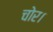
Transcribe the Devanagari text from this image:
चोर।